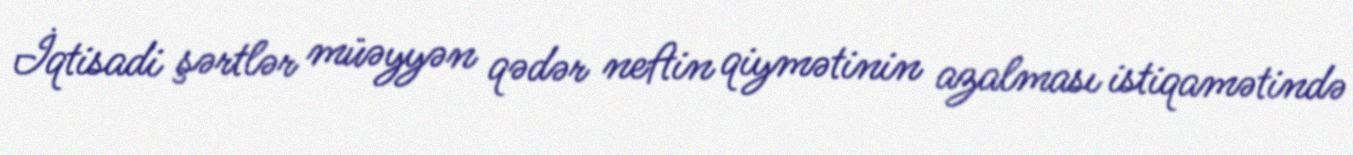
İqtisadi şərtlər müəyyən qədər neftin qiymətinin azalması istiqamətində